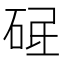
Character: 𱳿